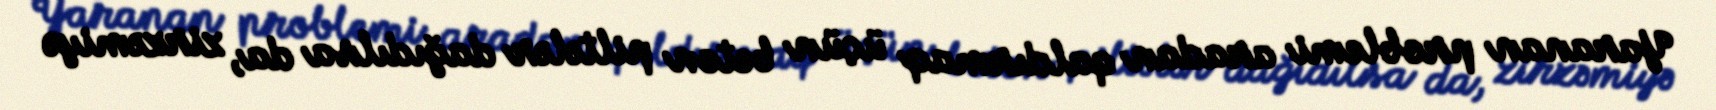
Yaranan problemi aradan qaldırmaq üçün beton piltələr dağıdılsa da, zirzəmiyə